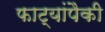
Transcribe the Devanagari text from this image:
फाट्यांपैकी